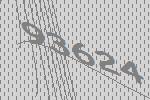
93624